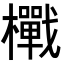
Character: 𭬪